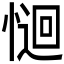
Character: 𭝽